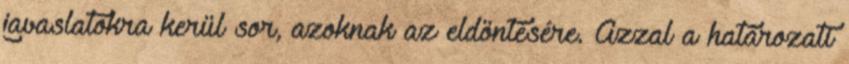
javaslatokra kerül sor, azoknak az eldöntésére. Azzal a határozati